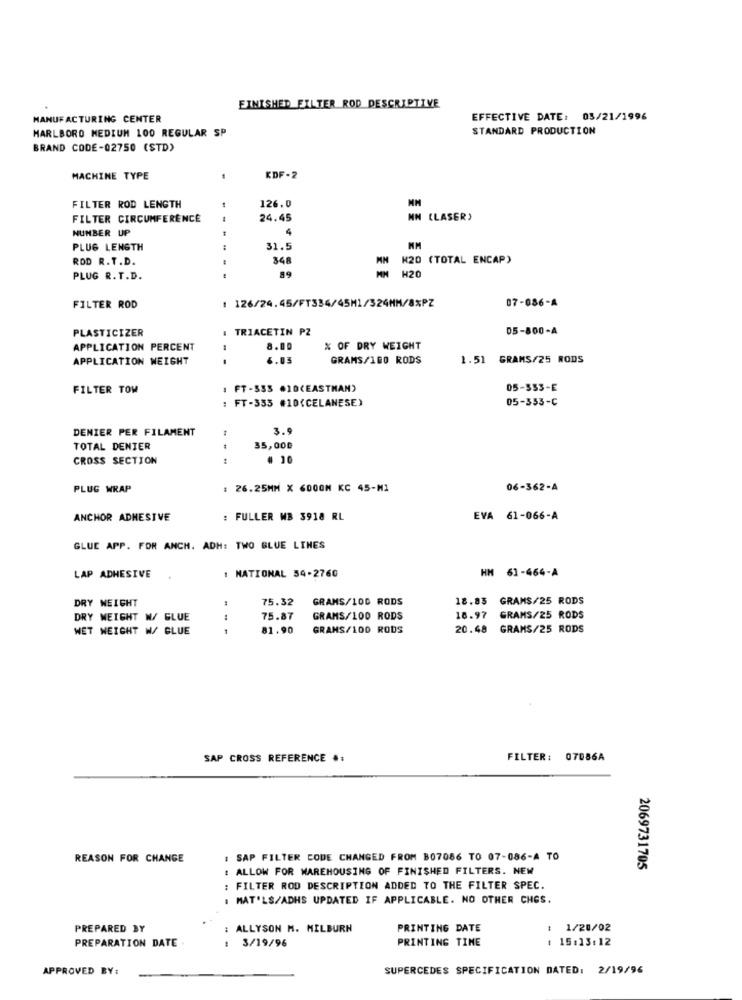
FINISHED FILTER ROD DESCRIPTIVE
MANUFACTURING CENTER
EFFECTIVE DATE: 03/21/1996
MARLBORO MEDIUM 100 REGULAR SP
STANDARD PRODUCTION
BRAND CODE-02750 (STD)
MACHINE TYPE
KDF-2
FILTER ROD LENGTH
126.0
FILTER CIRCUMFERENCE
24.45
NN (LASER)
NUMBER UP
4
PLUG LENGTH
31.5
ROD R.T.D.
348
M20 (TOTAL ENCAP)
89
H20
PLUG R. T.D.
1 126/24.45/FT334/45M1/324MM/8%PZ
07-086-A
FILTER ROD
. TRIACETIN PZ
05-800-A
PLASTICIZER
APPLICATION PERCENT
8.00
% OF DRY WEIGHT
APPLICATION WEIGHT
6.03
GRAMS/100 RODS
1.51 GRAMS/25 RODS
FILTER TOM
1 FT -$$3 .10(EASTMAN)
05-353-E
: FT -335 #10(CELANESE)
05-353-C
DENIER PER FILAMENT
3 .!
TOTAL DENIER
35,000
CROSS SECTION
PLUG WRAP
: 26.25MM X 600GM KC 45-M1
06-362-A
ANCHOR ADHESIVE
: FULLER MB 3918 RL
EVA 61-066-A
GLUE APP. FOR ANCH. ADH: TWO BLUE LINES
NATIONAL 54-2760
HM 61-464-A
LAP ADHESIVE
DRY WEIGHT
75.32
GRAMS/100 RODS
18.83 GRAMS/25 RODS
DRY WEIGHT W/ GLUE
75.87
GRAMS/100 RODS
18.97 GRAMS/25 RODS
WET NEIGHT W/ GLUE
81.90
GRANS/100 RODS
20.48 GRAMS/25 RODS
SAP CROSS REFERENCE #:
FILTER: 07086A
REASON FOR CHANGE
: SAP FILTER CODE CHANGED FROM B07086 TO 07-086-A TO
: ALLOW FOR WAREHOUSING OF FINISHED FILTERS. NEM
2069731705
: FILTER ROD DESCRIPTION ADDED TO THE FILTER SPEC.
. MAT'LS/ADHS UPDATED IF APPLICABLE. NO OTHER CHGS.
PREPARED BY
: ALLYSON M. MILBURN
PRINTING DATE
: 1/20/02
PREPARATION DATE
PRINTING TIME
: 15.13:12
: 3/19/96
APPROVED BY:
SUPERCEDES SPECIFICATION DATED: 2/19/96